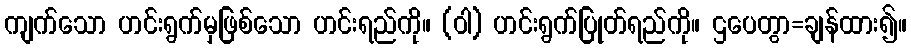
ကျက်သော ဟင်းရွက်မှဖြစ်သော ဟင်းရည်ကို။ (ဝါ) ဟင်းရွက်ပြုတ်ရည်ကို။ ဌပေတွာ=ချန်ထား၍။